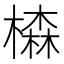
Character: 𣛧